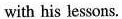
with his lessons.